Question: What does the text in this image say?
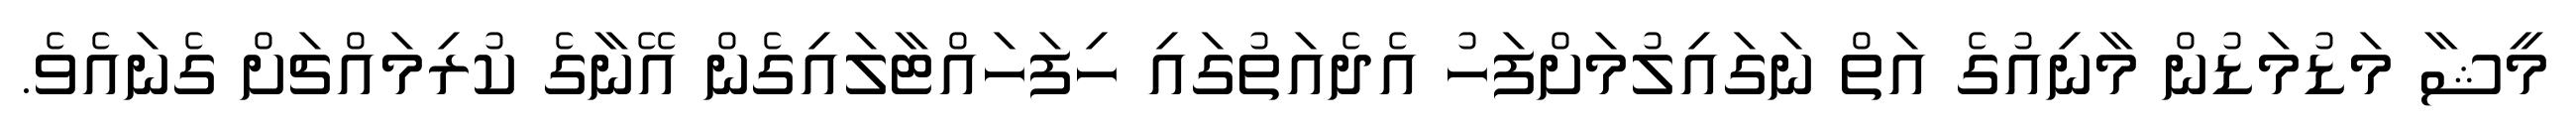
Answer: މީޝާ މަޑުމަޑުން މާނިއުގެ އަތް ނަގައިލުމަށްފަހު އެދެއަތުގައި ހިފަހައްޓާލައިގެން އޭނާގެ ކުރިމައްޗަށް ގެނައެވެ.